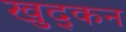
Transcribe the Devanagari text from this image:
खुद्कन